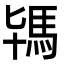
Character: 駂